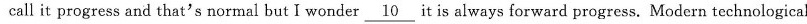
call it progress and that's normal but I wonder \underline{10} it is always forward progress. Modern technological